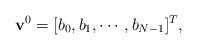
LaTeX: \begin{align*}\mathbf{v}^{0}=[b_0, b_1, \cdots, b_{N-1}]^{T},\end{align*}